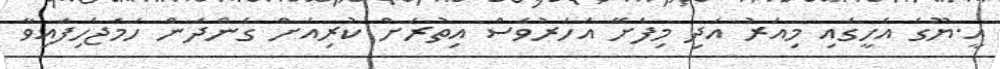
އީ.ޔޫގެ އެހީގައި މިއަރު އަދި މިފެށޭ އަހަރުވެސް އިތުރަށް ކުރިއަށް ގެންދަން ހަމަޖެހިފައިވާ